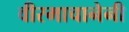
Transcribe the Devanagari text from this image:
वीरमाचानेनी